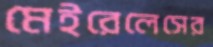
মেইরেলেসের